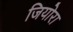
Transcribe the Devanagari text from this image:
जियोरा